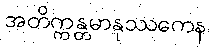
အတိက္ကန္တမာနုဿကေန